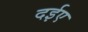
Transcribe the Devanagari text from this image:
दईए